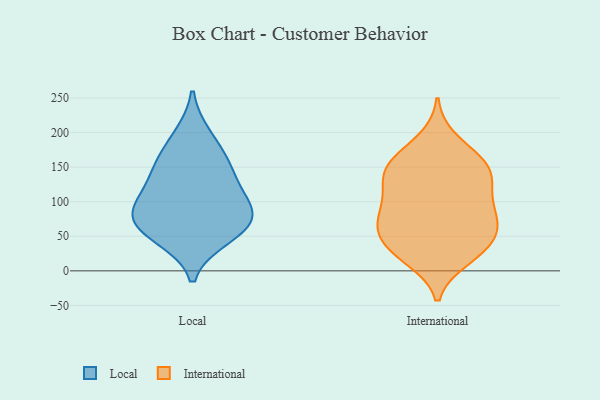
{"axis": {"x": "Temperature (°C)", "y": "Value"}, "legend": ["International", "Local"], "data": [{"x": "", "y": 123, "type": "Local"}, {"x": "", "y": 58, "type": "Local"}, {"x": "", "y": 49, "type": "Local"}, {"x": "", "y": 195, "type": "Local"}, {"x": "", "y": 157, "type": "Local"}, {"x": "", "y": 85, "type": "Local"}, {"x": "", "y": 72, "type": "Local"}, {"x": "", "y": 79, "type": "Local"}, {"x": "", "y": 152, "type": "Local"}, {"x": "", "y": 104, "type": "Local"}, {"x": "", "y": 47, "type": "International"}, {"x": "", "y": 158, "type": "International"}, {"x": "", "y": 24, "type": "International"}, {"x": "", "y": 116, "type": "International"}, {"x": "", "y": 109, "type": "International"}, {"x": "", "y": 138, "type": "International"}, {"x": "", "y": 140, "type": "International"}, {"x": "", "y": 189, "type": "International"}, {"x": "", "y": 30, "type": "International"}, {"x": "", "y": 90, "type": "International"}, {"x": "", "y": 68, "type": "International"}, {"x": "", "y": 34, "type": "International"}, {"x": "", "y": 61, "type": "International"}, {"x": "", "y": 65, "type": "International"}, {"x": "", "y": 151, "type": "International"}, {"x": "", "y": 163, "type": "International"}, {"x": "", "y": 18, "type": "International"}, {"x": "", "y": 142, "type": "International"}, {"x": "", "y": 74, "type": "International"}, {"x": "", "y": 89, "type": "International"}]}